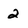
Character: 2